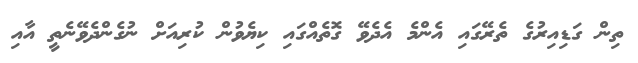
ތިން ގަޑިއިރުގެ ތެރޭގައި އެންމެ އެދެވޭ ގޮތެއްގައި ކިޔެވުން ކުރިއަށް ނުގެންދެވޭނެތީ އާއި